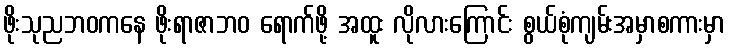
ဖိုးသုညဘဝကနေ ဖိုးရာဇာဘဝ ရောက်ဖို့ အထူး လိုလားကြောင်း စွယ်စုံကျမ်းအမှာစကားမှာ